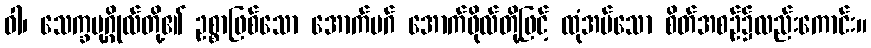
ဝါ၊ သေက္ခပုဂ္ဂိုလ်တို့၏ ဥစ္စာဖြစ်သော အောက်မဂ် အောက်ဖိုလ်တို့ဖြင့် ထုံအပ်သော စိတ်အစဉ်၌လည်းကောင်း။